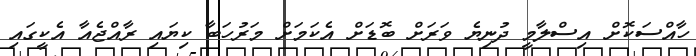
ހާއްސަކޮށް އިސްލާމީ ދުނިޔެ ވަރަށް ބޮޑަށް އެކަމަށް މަރުހަބާ ކިޔައި ރާއްޖެއާ އެކީގައި